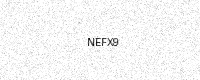
Text: NEFX9